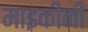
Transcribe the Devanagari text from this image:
माइकीनी